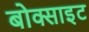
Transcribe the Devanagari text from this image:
बोक्साइट